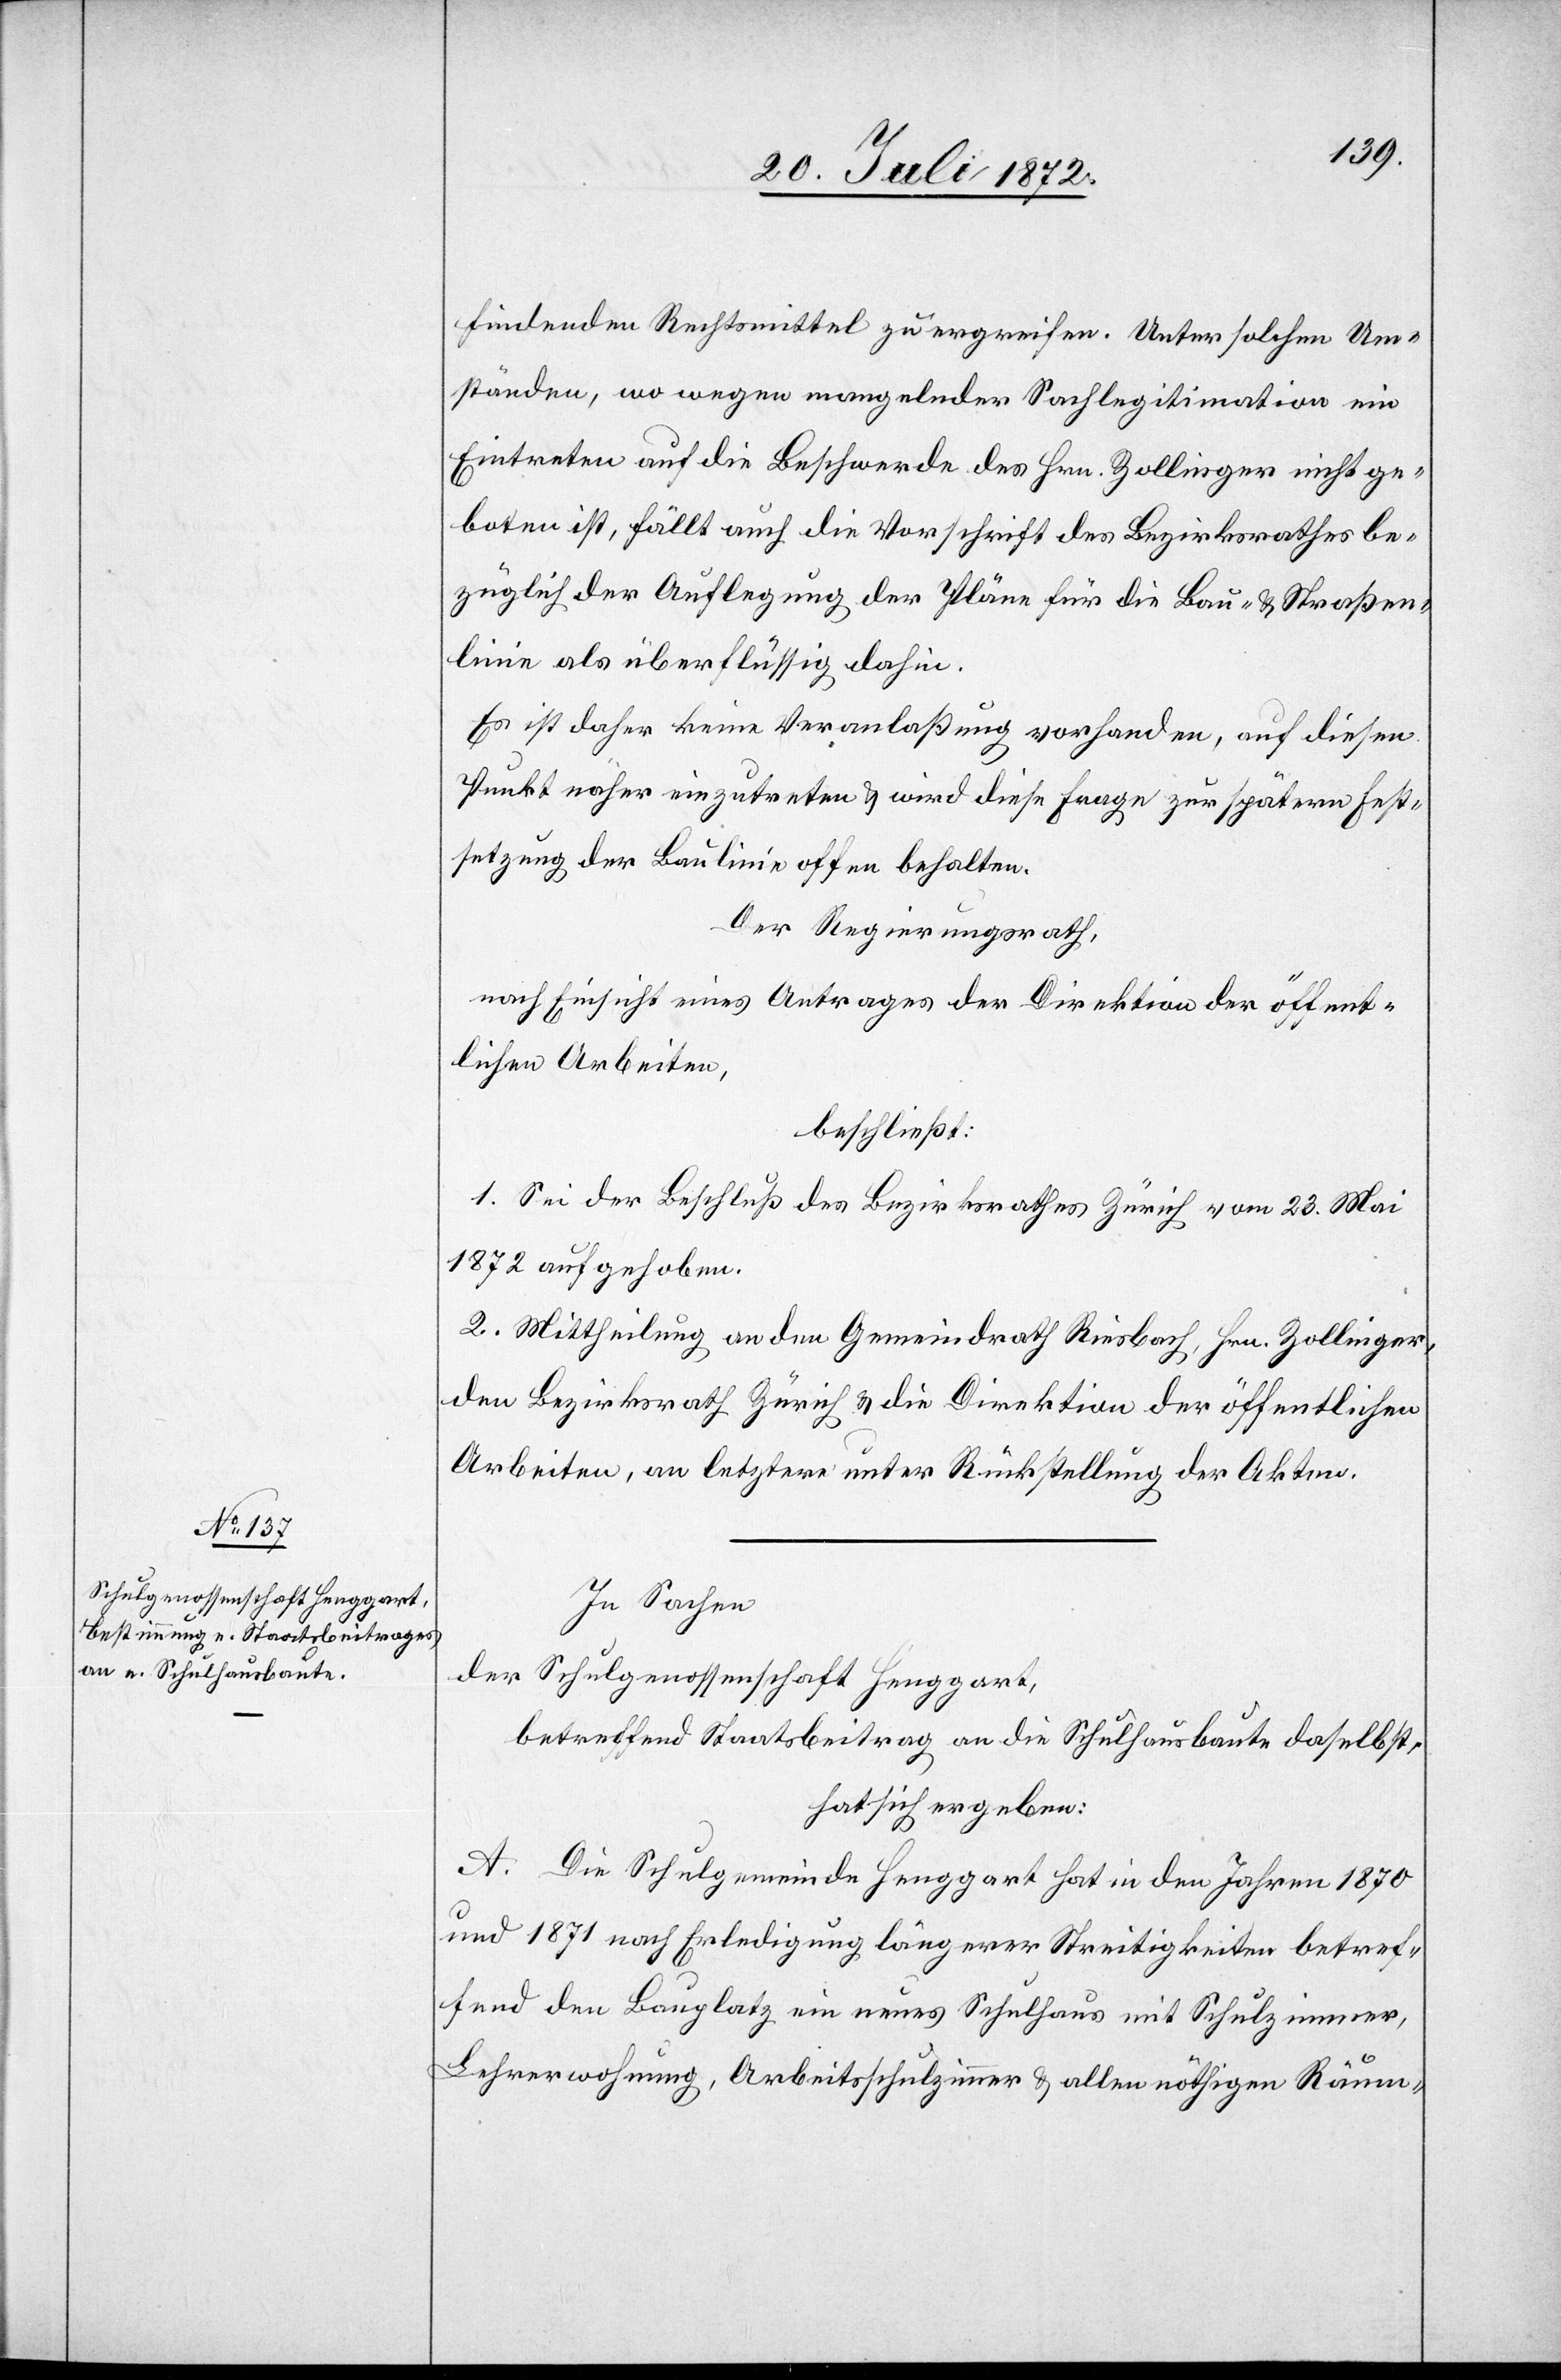
findenden Rechtsmittel zu ergreifen. Unter solchen Um¬
ständen, wo wegen mangelnder Sachlegitimation ein
Eintreten auf die Beschwerde des Hrn. Zollinger nicht ge¬
boten ist, fällt auch die Vorschrift des Bezirksrathes be¬
züglich der Auflegung der Pläne für die Bau- u. Straßen¬
linie als überflüssig dahin.
Es ist daher keine Veranlaßung vorhanden, auf diese
Punkt näher einzutreten u. wird diese Frage zur spätern Fest¬
setzung der Baulinie offen behalten.
Der Regierungsrath,
nach Einsicht eines Antrages der Direktion der öffent¬
lichen Arbeiten,
beschließt:
1. Sei der Beschluß des Bezirksrathes Zürich vom 23. Mai
1872 aufgehoben.
2. Mittheilung an den Gemeindrath Riesbach, Hrn. Zollinger,
den Bezirksrath Zürich u. die Direktion der öffentlichen
Arbeiten, an letztere unter Rückstellung der Akten.